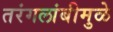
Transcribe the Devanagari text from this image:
तरंगलांबीमुळे